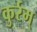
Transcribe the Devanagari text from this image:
कुर्रम्